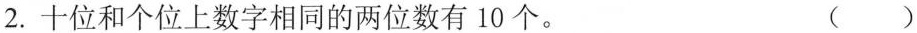
2.十位和个位上数字相同的两位数有10个。（）